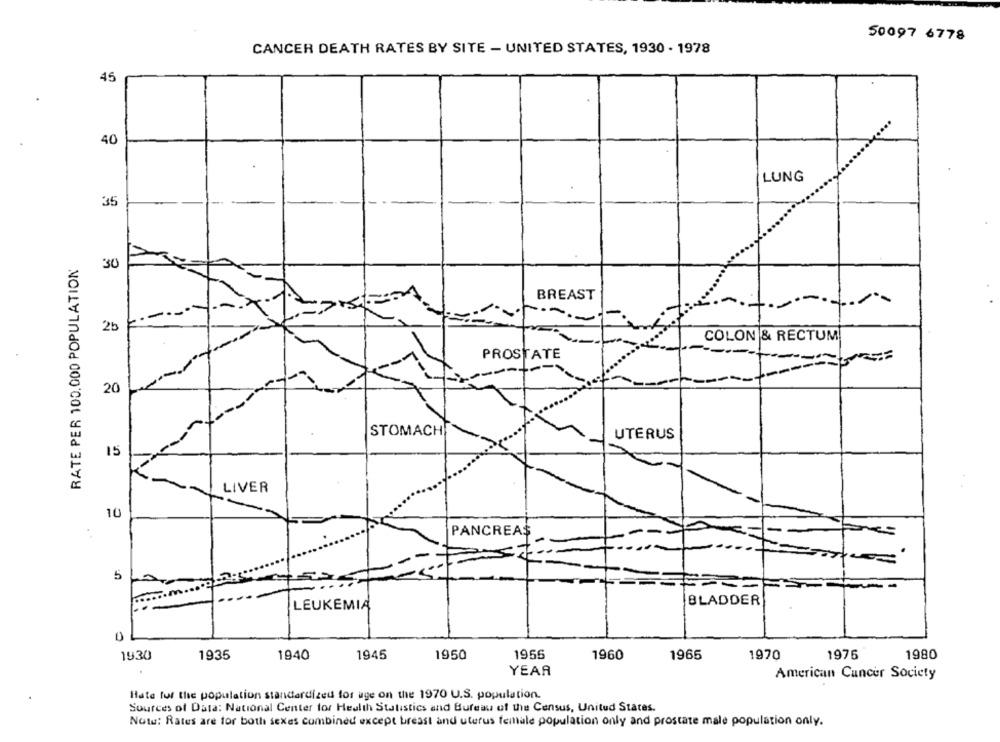
50097 6778
CANCER DEATH RATES BY SITE - UNITED STATES, 1930 - 1978
45
40
LUNG
35
RATE PER 100.000 POPULATION
30
BREAST
------
2b
COLON & RECTUM
PROSTATE
20
STOMACH
UTERUS
15
LIVER
10
PANCREAS
St
5
BLADDER
LEUKEMIA
1950
1976
1980
1930
1935
1940
1945
1956
1960
1965
1970
YEAR
American Cancer Society
Hate for the population standardized for age on the 1970 U.S. population.
Sources of Data: National Center for Health Statistics and Bureau of the Census, United States.
Note: Rates are for both sexes combined except breast and uterus female population only and prostate male population only.